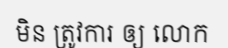
មិន ត្រូវការ ឲ្យ លោក